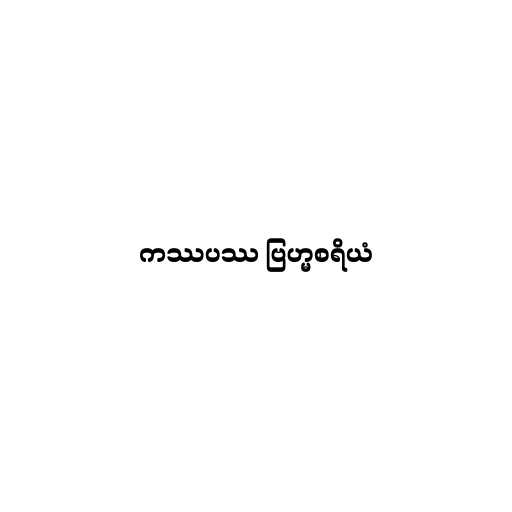
ကဿပဿ ဗြဟ္မစရိယံ